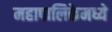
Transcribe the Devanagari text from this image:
महापालिकेमध्ये